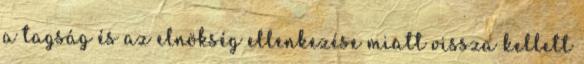
a tagság és az elnökség ellenkezése miatt vissza kellett